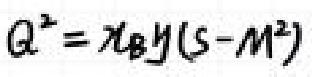
$Q^{2}=x_{B}y(s - M^{2})$